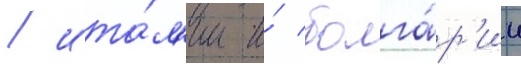
/ ита́л'ии и́ болга́р'ии